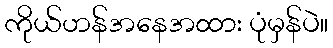
ကိုယ်ဟန်အနေအထား ပုံမှန်ပဲ။